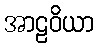
အာဠဝိယာ